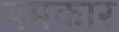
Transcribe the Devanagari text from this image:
ममकार